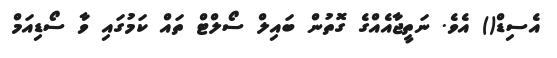
އެސިޑް() އެވެ. ނަތީޖާއެއްގެ ގޮތުން ބައިލް ސޯލްޓް ތައް ކަމުގައި ވާ ސޯޑިއަމް